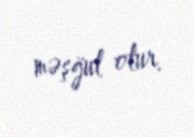
məşğul olur.